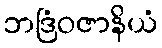
ဘဒြံဝဇာနိယံ